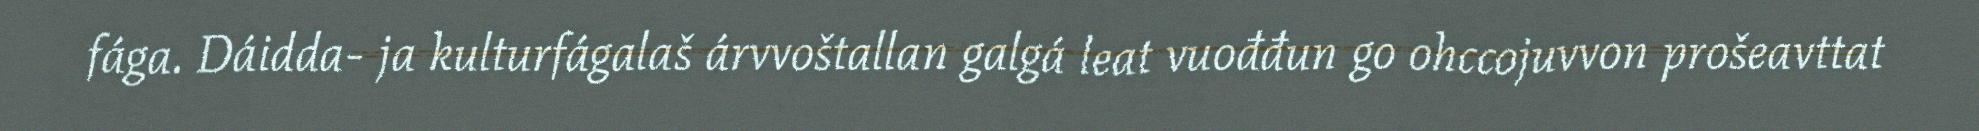
fága. Dáidda- ja kulturfágalaš árvvoštallan galgá leat vuođđun go ohccojuvvon prošeavttat